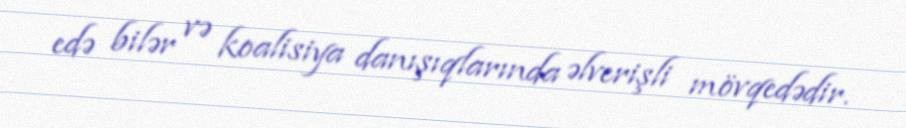
edə bilər və koalisiya danışıqlarında əlverişli mövqedədir.